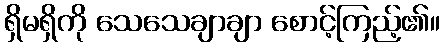
ရှိမရှိကို သေသေချာချာ စောင့်ကြည့်၏။